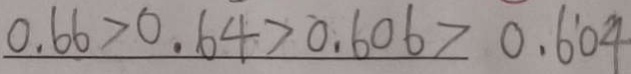
0 . 6 6 > 0 . 6 4 > 0 . 6 0 6 > 0 . 6 ^ { \prime } 0 4